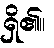
ရှိ၏။